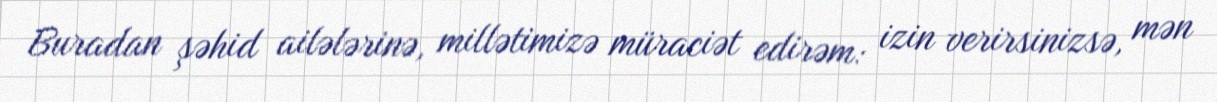
Buradan şəhid ailələrinə, millətimizə müraciət edirəm: izin verirsinizsə, mən